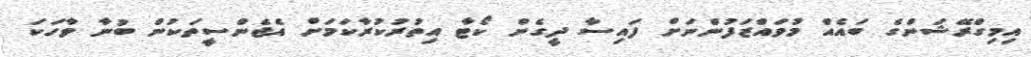
އިމިގްރޭޝަންގެ ބައެއް މުވައްޒަފުންނަށް ފައިސާ ދީގެން ކޯޓާ އިތުރުކުރާކަމަށް އެޖެންސީތަކުން ބުނާ ވާހަކަ